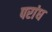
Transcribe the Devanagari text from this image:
परांध